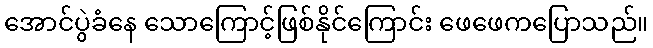
အောင်ပွဲခံနေ သောကြောင့်ဖြစ်နိုင်ကြောင်း ဖေဖေကပြောသည်။